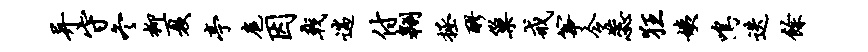
异守冬柳夏亭扈因戟遄付翱拯醪巢戒筝令蕊狂姨鸣迭余